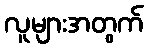
လူများအတွက်